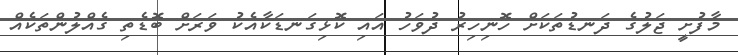
މާފުށީ ޖަލުގެ ދަނޑުތަކަށް ހޮނިހިރު ދުވަހު އައި ކޮޅިގަނޑަކާއެކު ވަރަށް ބޮޑެތި ގެއްލުންތަކެއް